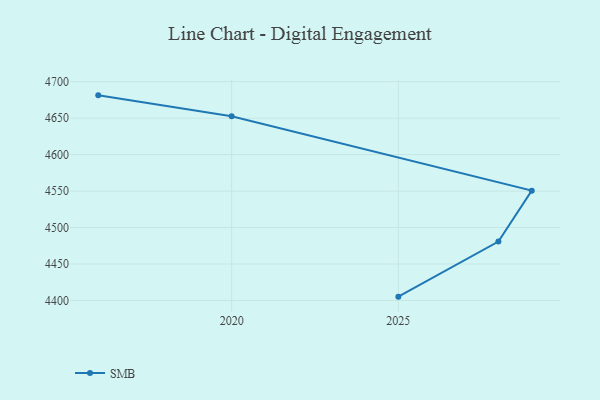
{"axis": {"x": "Year", "y": "Active Users"}, "legend": ["SMB"], "data": [{"x": "2025", "y": 4405.2, "type": "SMB"}, {"x": "2028", "y": 4480.8, "type": "SMB"}, {"x": "2029", "y": 4550.6, "type": "SMB"}, {"x": "2020", "y": 4652.6, "type": "SMB"}, {"x": "2016", "y": 4681.3, "type": "SMB"}]}